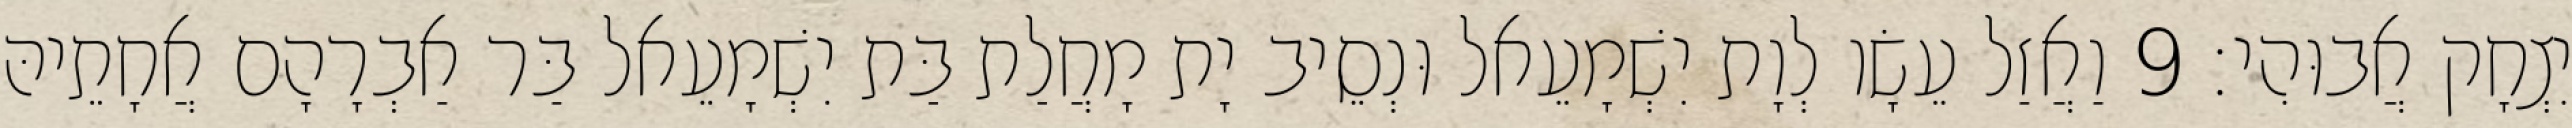
יִצְחָק אֲבוּהִי׃ 9 וַאֲזַל עֵשָׂו לְוָת יִשְׁמָעֵאל וּנְסֵיב יָת מָחֲלַת בַּת יִשְׁמָעֵאל בַּר אַבְרָהָם אֲחָתֵיהּ